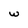
Character: w